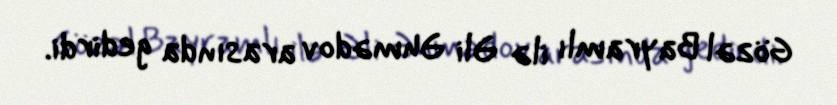
Gözəl Bayramlı ilə Əli Əhmədov arasında gedirdi.